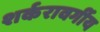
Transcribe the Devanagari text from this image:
शर्करावर्गीय